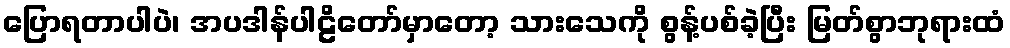
ပြောရတာပါပဲ၊ အပဒါန်ပါဠိတော်မှာတော့ သားသေကို စွန့်ပစ်ခဲ့ပြီး မြတ်စွာဘုရားထံ